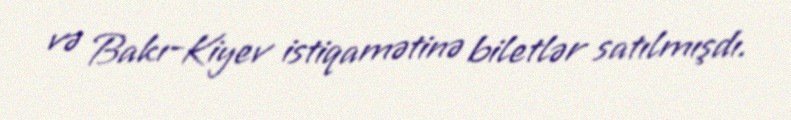
və Bakı-Kiyev istiqamətinə biletlər satılmışdı.